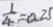
\frac { 1 } { 4 } = 0 . 2 5